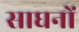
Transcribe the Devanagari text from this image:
साघनों